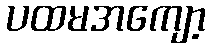
ပထမအကျော့